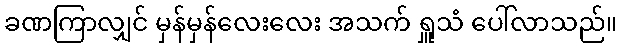
ခဏကြာလျှင် မှန်မှန်လေးလေး အသက် ရှူသံ ပေါ်လာသည်။